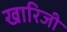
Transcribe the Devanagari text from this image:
खारिजी